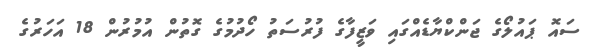
ސައޮ ޕައުލޯގެ ޖަންކްޔާޑެއްގައި ވަޒީފާގެ ފުރުސަތު ހޯދުމުގެ ގޮތުން އުމުރުން 18 އަހަރުގެ